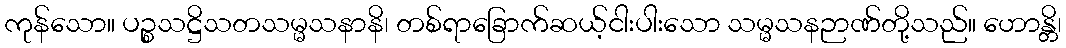
ကုန်သော။ ပဉ္စသဋ္ဌိသတသမ္မသနာနိ၊ တစ်ရာခြောက်ဆယ့်ငါးပါးသော သမ္မသနဉာဏ်တို့သည်။ ဟောန္တိ၊